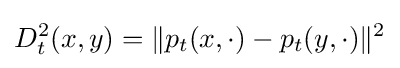
D_{t}^{2}(x,y)=\|p_{t}(x,\cdot )-p_{t}(y,\cdot )\|^{2}